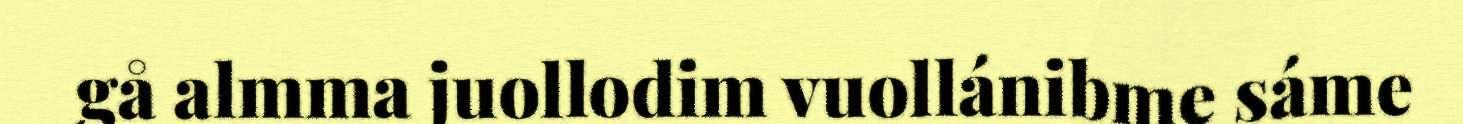
gå almma juollodim vuollánibme sáme